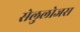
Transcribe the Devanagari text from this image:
सेलुलोजस